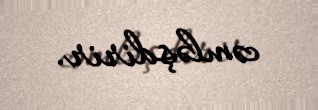
cəmləşdirir.